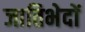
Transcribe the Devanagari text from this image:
जातिभेदों